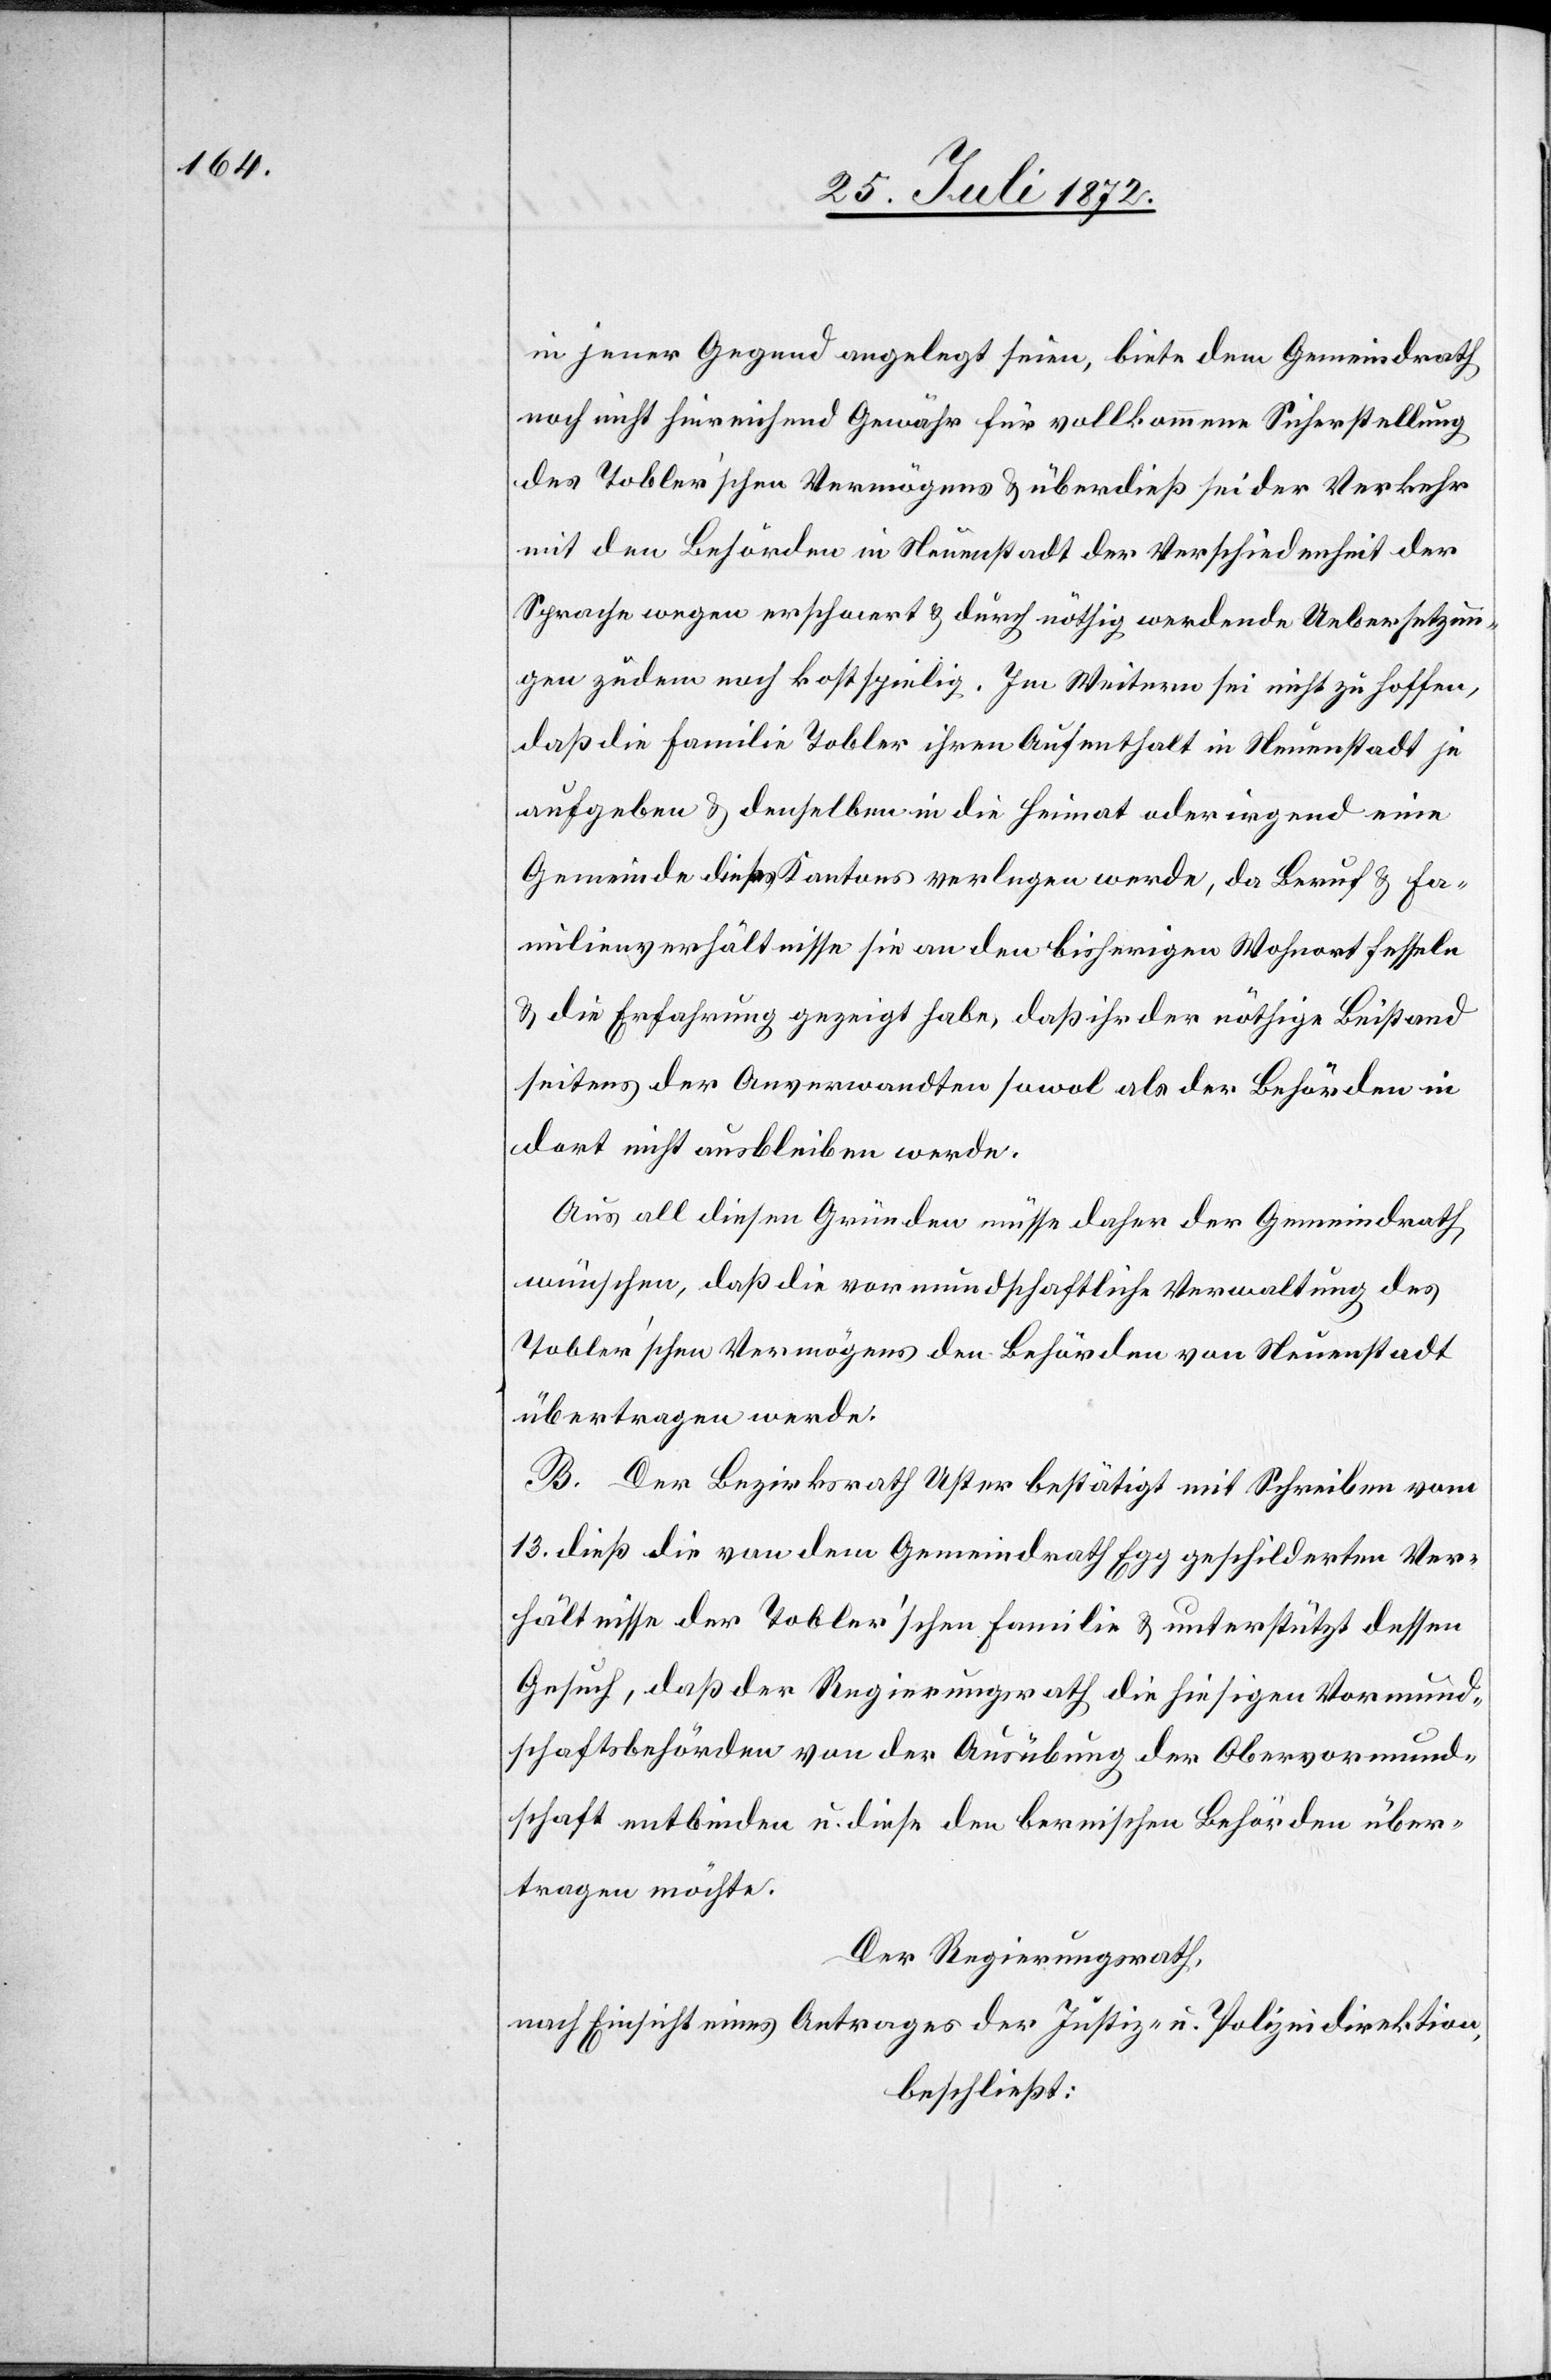
in jener Gegend angelegt seien, biete dem Gemeindrath
noch nicht hinreichend Gewähr für vollkommene Sicherstellung
des Tobler’schen Vermögens u. überdieß sei der Verkehr
mit den Behörden in Neuenstadt der Verschiedenheit der
Sprache wegen erschwert u. durch nöthig werdende Uebersetzun¬
gen zudem noch kostspielig. Im Weitern sei nicht zu hoffen,
daß die Familie Tobler ihren Aufenthalt in Neuenstadt je
aufgeben u. denselben in die Heimat oder irgend eine
Gemeinde dieses Kantons verlegen werde, da Beruf u. Fa¬
milienverhältnisse sie an den bisherigen Wohnort fesseln
u. die Erfahrung gezeigt habe, daß ihr der nöthige Beistand
seitens der Anverwandten sowol als der Behörden in
dort nicht ausbleiben werde.
Aus all diesen Gründen müsse daher der Gemeindrath
wünschen, daß die vormundschaftliche Verwaltung des
Tobler’schen Vermögens den Behörden von Neuenstadt
übertragen werde.
B. Der Bezirksrath Uster bestätigt mit Schreiben vom
13. dieß die von dem Gemeindrath Egg geschilderten Ver¬
hältnisse der Tobler’schen Familie u. unterstützt dessen
Gesuch, daß der Regierungsrath die hiesigen Vormund¬
schaftsbehörden von der Ausübung der Obervormund¬
schaft entbinden u. diese den bernischen Behörden über¬
tragen möchte.
Der Regierungsrath,
nach Einsicht eines Antrages der Justiz- u. Polizeidirektion,
beschließt: